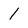
Character: l